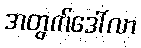
အတွက်ဒေါ်လာ